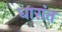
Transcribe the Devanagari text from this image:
धारांत